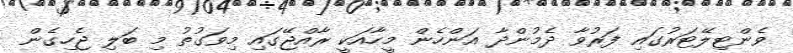
ވެންޓިލޭޓަރުގައި ފަރުވާ ދެމުންދާ އަންހެން މީހާއަކީ ރާއްޖޭގައި މިވަގުތު މި ބަލި ޖެހިގެން